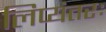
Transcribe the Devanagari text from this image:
लिप्यंतरः